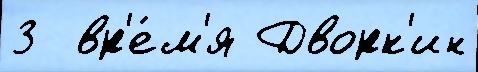
3  вр'е́м'я Дворк'ин